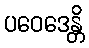
ပဝေဒေန္တိ